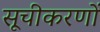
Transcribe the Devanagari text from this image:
सूचीकरणों